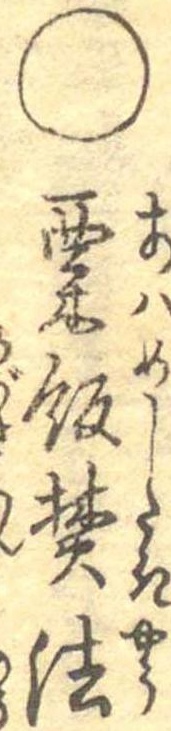
○粟飯焚法